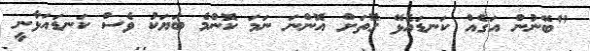
"ބޭނުން އަގެއް ކަނޑައެޅޭ ގޮތަށް އޮންނަ ނަމަ ކޮންމެ ބަޔަކު ވެސް ކަނޑައަޅާނީ